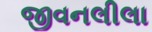
જીવનલીલા